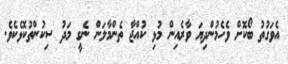
އެވަގުތު ބޯކޮށް ވެހެމުންދިޔަ ވާރެއިން މުޅި ކުއްޖާ ތެންމާލަން ނެގީ މަދު ސިކުންތުކޮޅެކެވެ.